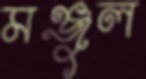
মঞ্জুল